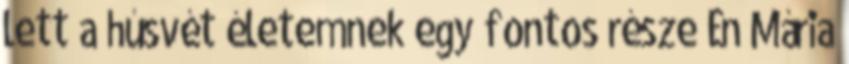
lett a húsvét életemnek egy fontos része Én Mária